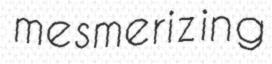
mesmerizing